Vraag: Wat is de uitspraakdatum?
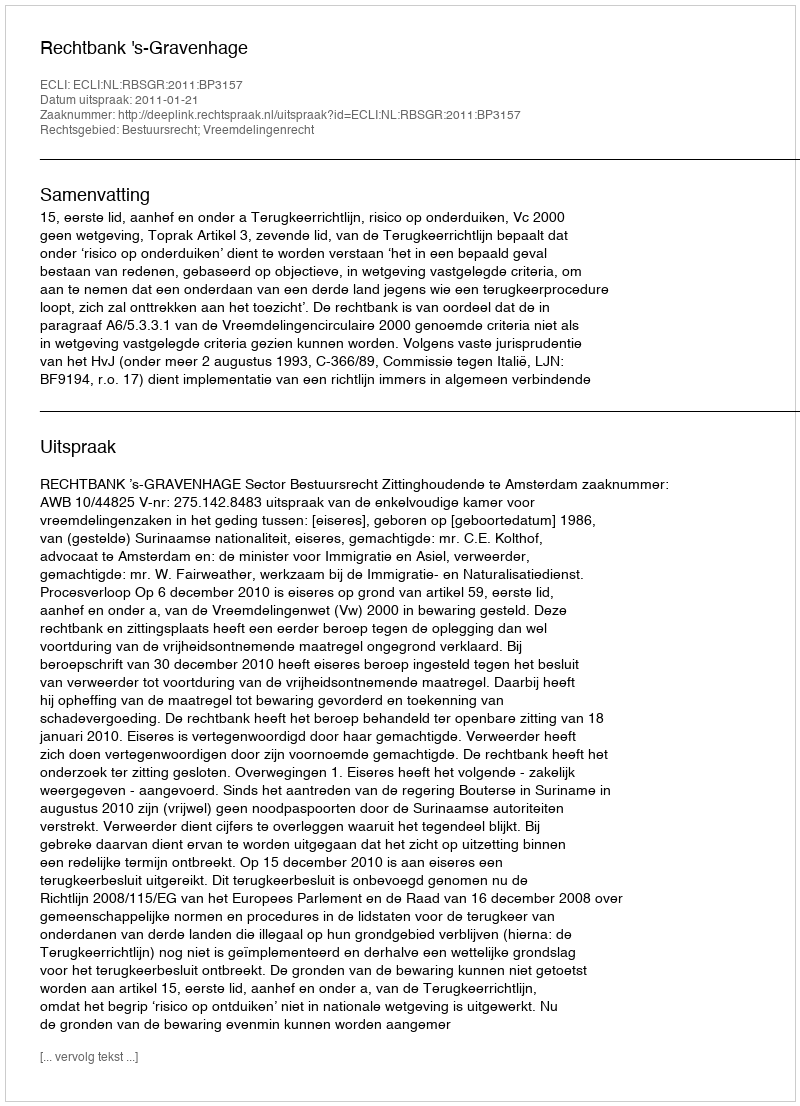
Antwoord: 2011-01-21